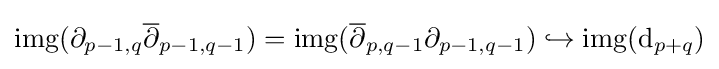
\operatorname {img} (\partial _{p-1,q}{\overline {\partial }}_{p-1,q-1})=\operatorname {img} ({\overline {\partial }}_{p,q-1}\partial _{p-1,q-1})\hookrightarrow \operatorname {img} (\mathrm {d} _{p+q})